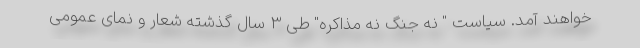
خواهند آمد. سیاست " نه جنگ نه مذاکره" طی 3 سال گذشته شعار و نمای عمومی